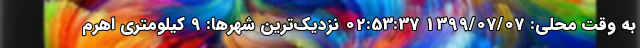
به وقت محلی: 1399/07/07 02:53:37 نزدیک‌ترین شهرها: 9 کیلومتری اهرم